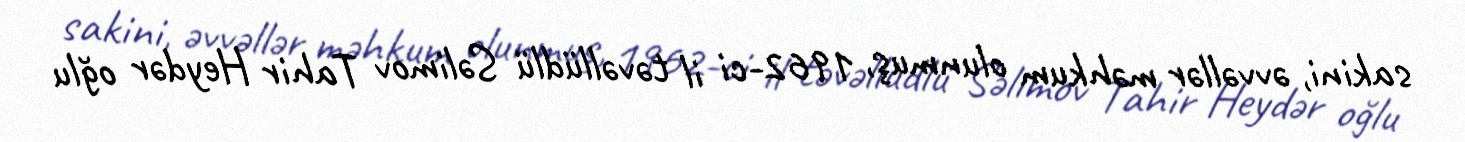
sakini, əvvəllər məhkum olunmuş, 1962-ci il təvəllüdlü Səlimov Tahir Heydər oğlu